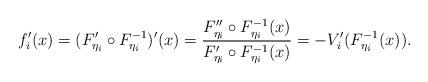
LaTeX: \begin{align*} f_i'(x) = (F_{\eta_i}'\circ F^{-1}_{\eta_i})'(x) = \frac{F_{\eta_i}''\circ F^{-1}_{\eta_i}(x) }{F_{\eta_i}'\circ F^{-1}_{\eta_i}(x)} = - V'_i(F^{-1}_{\eta_i}(x)). \end{align*}